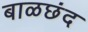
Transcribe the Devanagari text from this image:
बाळछंद